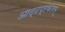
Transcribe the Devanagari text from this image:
आट्टप्रकारम्